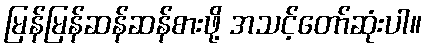
မြန်မြန်ဆန်ဆန်စားဖို့ အသင့်တော်ဆုံးပါ။